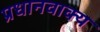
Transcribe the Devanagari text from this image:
प्रधानवाक्य